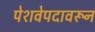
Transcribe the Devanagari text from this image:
पेशवेपदावरून